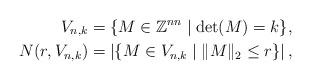
LaTeX: \begin{align*} V_{n, k} &= \{ M \in \mathbb{Z}^{nn} \mid \det(M) = k \}, \\ N(r, V_{n,k}) &= \left| \{ M \in V_{n,k} \mid \|M\|_2 \leq r \} \right|,\end{align*}